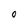
Character: 0